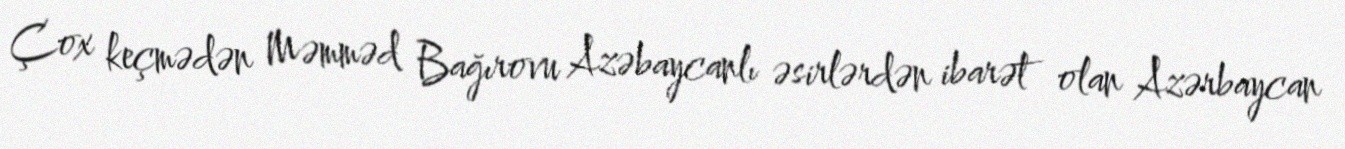
Çox keçmədən Məmməd Bağırovu Azəbaycanlı əsirlərdən ibarət olan Azərbaycan